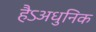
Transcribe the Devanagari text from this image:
हैऽअधुनिक